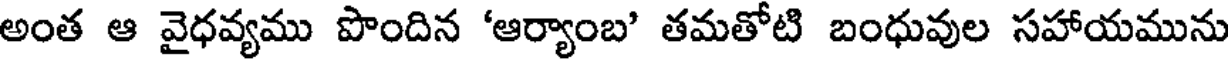
అంత ఆ వైధవ్యము పొందిన 'ఆర్యాంబి తమతోటి బంధువుల సహాయమును